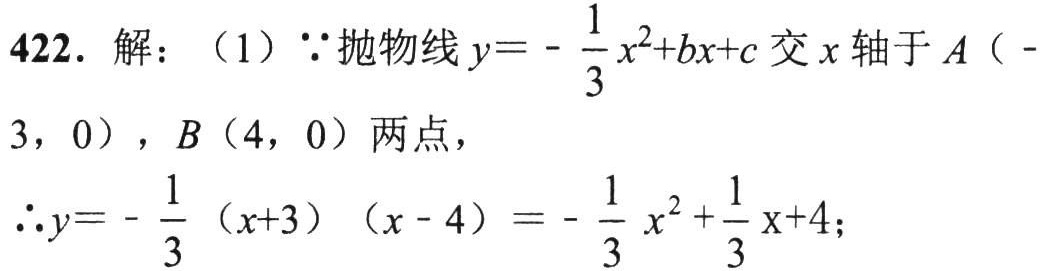
422. 解：（1）\(\because\)抛物线\(y = -\dfrac{1}{3}x^{2}+bx + c\)交\(x\)轴于\(A(-3,0)\)，\(B(4,0)\)两点，
\(\therefore y=-\dfrac{1}{3}(x + 3)(x - 4)=-\dfrac{1}{3}x^{2}+\dfrac{1}{3}x + 4\)；